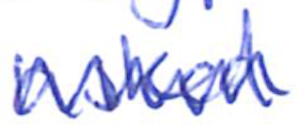
Text: asked
Cross-out: zig-zag
Writing tool: ballpoint